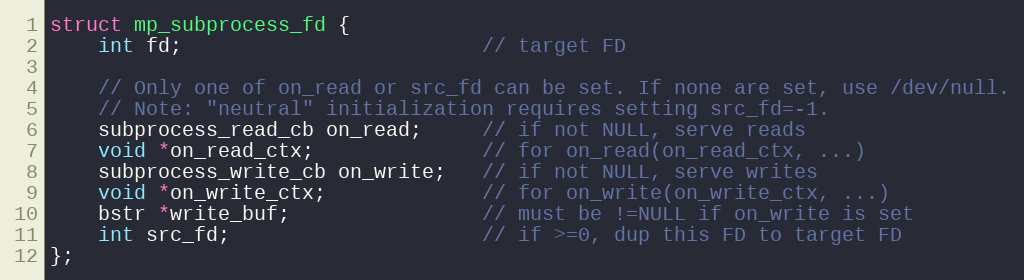
Language: C
struct mp_subprocess_fd {
    int fd;                         // target FD

    // Only one of on_read or src_fd can be set. If none are set, use /dev/null.
    // Note: "neutral" initialization requires setting src_fd=-1.
    subprocess_read_cb on_read;     // if not NULL, serve reads
    void *on_read_ctx;              // for on_read(on_read_ctx, ...)
    subprocess_write_cb on_write;   // if not NULL, serve writes
    void *on_write_ctx;             // for on_write(on_write_ctx, ...)
    bstr *write_buf;                // must be !=NULL if on_write is set
    int src_fd;                     // if >=0, dup this FD to target FD
};